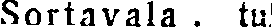
Sortavala . tul